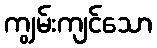
ကျွမ်းကျင်သော